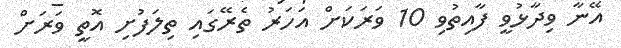
އޭނާ ވިދާޅުވީ ފާއިތުވި 10 ވަރަކަށް އަހަރު ތެރޭގައި ތިލަފުށި އޮތީ ވަރަށް